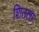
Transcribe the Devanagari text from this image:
शितला